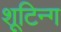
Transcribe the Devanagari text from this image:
शूटिन्ग